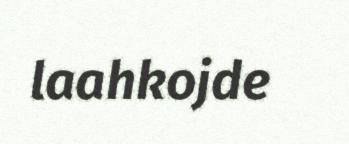
laahkojde